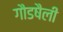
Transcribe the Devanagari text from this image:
गौडषैली